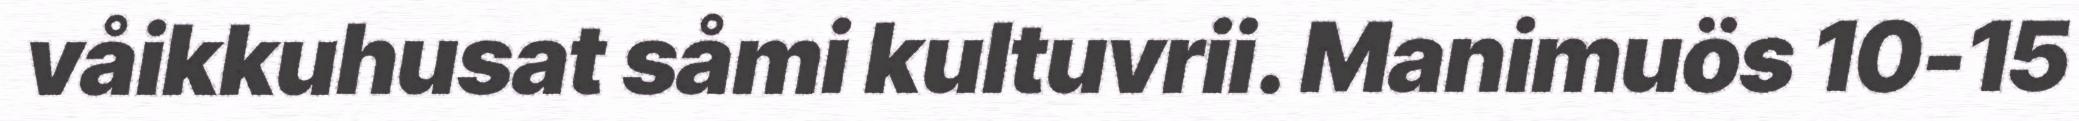
våikkuhusat såmi kultuvrii. Manimuös 10-15